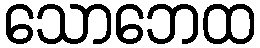
သောဘေထ